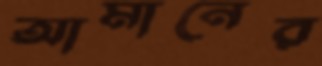
আমানের